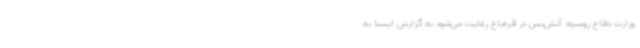
وزارت دفاع روسیه: آتش‌بس در قره‌باغ رعایت می‌شود به گزارش ایسنا به